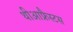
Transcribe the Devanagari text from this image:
थीआफ्रैस्टस